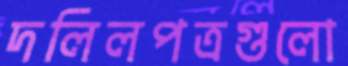
দলিলপত্রগুলো